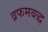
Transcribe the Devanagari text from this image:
व्रफमबद्ध